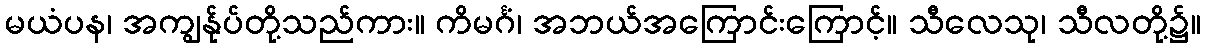
မယံပန၊ အကျွန်ုပ်တို့သည်ကား။ ကိမင်္ဂံ၊ အဘယ်အကြောင်းကြောင့်။ သီလေသု၊ သီလတို့၌။